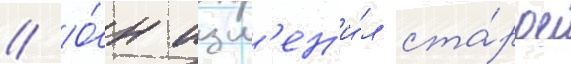
// О́н изм'ен'и́л ста́рое